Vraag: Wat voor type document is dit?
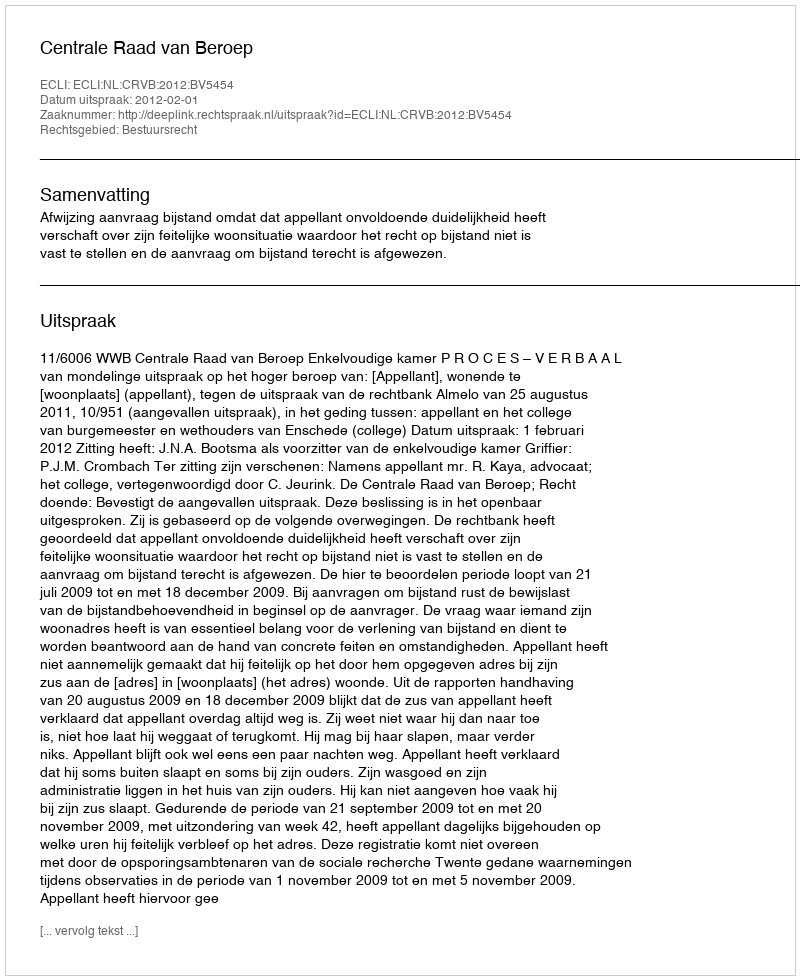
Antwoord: Uitspraak